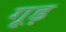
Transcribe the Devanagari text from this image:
गूड़